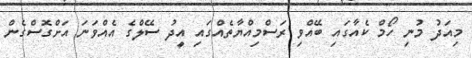
މިއަދު މުނި ހޯމް ކެއާގައި ބޭއްވި ރަސްމިއްޔާތެއްގައި އީދު ސޭލްގެ އެއްވަނަ އަށްގޮސްގެން